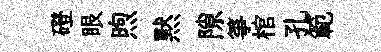
磴眼煦黙隙箏棺孔範